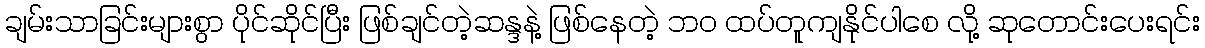
ချမ်းသာခြင်းများစွာ ပိုင်ဆိုင်ပြီး ဖြစ်ချင်တဲ့ဆန္ဒနဲ့ ဖြစ်နေတဲ့ ဘ၀ ထပ်တူကျနိုင်ပါစေ လို့ ဆုတောင်းပေးရင်း